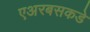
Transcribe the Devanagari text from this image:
एअरबसकडे